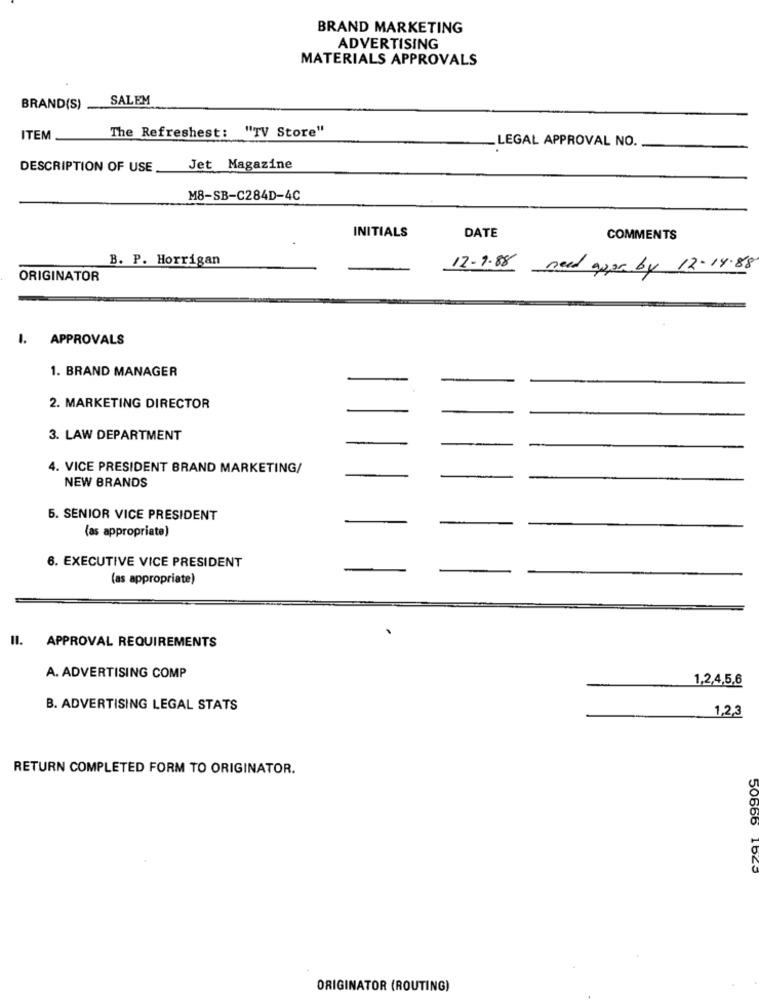
BRAND MARKETING
ADVERTISING
MATERIALS APPROVALS
SALEM
BRAND(S) __
The Refreshest: "TV Store"
ITEM
LEGAL APPROVAL NO.
DESCRIPTION OF USE
Jet Magazine
M8-SB-C284D-4C
INITIALS
DATE
COMMENTS
B. P. Horrigan
12.1.88 need appr by 12-14.88
ORIGINATOR
I. APPROVALS
1. BRAND MANAGER
2. MARKETING DIRECTOR
3. LAW DEPARTMENT
4. VICE PRESIDENT BRAND MARKETING/
NEW BRANDS
5. SENIOR VICE PRESIDENT
(as appropriate)
6. EXECUTIVE VICE PRESIDENT
(as appropriate)
II. APPROVAL REQUIREMENTS
A. ADVERTISING COMP
1,2,4,5,6
B. ADVERTISING LEGAL STATS
1,2,3
RETURN COMPLETED FORM TO ORIGINATOR.
ORIGINATOR (ROUTING)